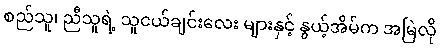
စည်သူ၊ ညီသူရဲ့ သူငယ်ချင်းလေး များနှင့် နွယ့်အိမ်က အမြဲလို